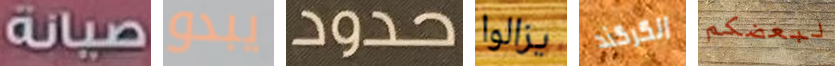
صيانة يبدو حدود يزالوا الكركند لبعضكم